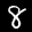
Label: 8